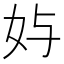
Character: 𱙄